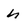
Character: h